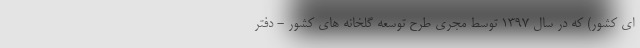
ای کشور) که در سال ۱۳۹۷ توسط مجری طرح توسعه گلخانه های کشور - دفتر